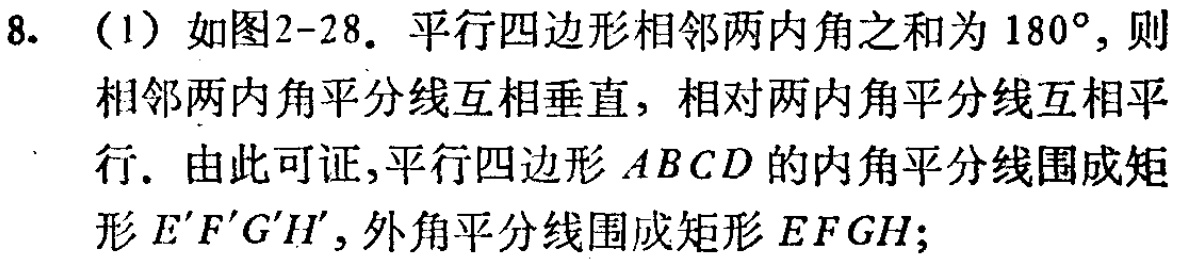
8. （1）如图2-28. 平行四边形相邻两内角之和为 \(180^{\circ}\)，则相邻两内角平分线互相垂直，相对两内角平分线互相平行. 由此可证,平行四边形 \(ABCD\) 的内角平分线围成矩形 \(E'F'G'H'\)，外角平分线围成矩形 \(EFGH\);